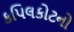
કપિલકોટનો